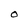
Character: O